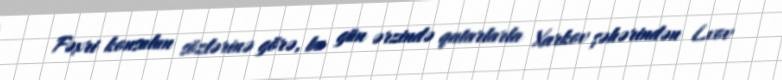
Fəxri konsulun sözlərinə görə, bu gün ərzində qatarlarla Xarkov şəhərindən Lvov